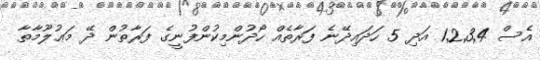
އެސް 1